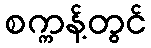
စက္ကန့်တွင်